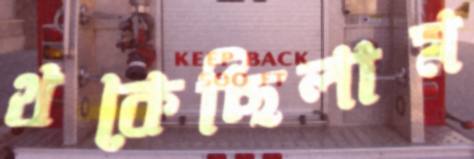
থকেছিলাম